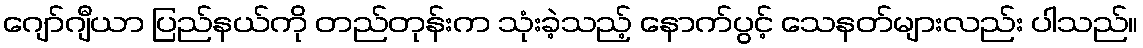
ဂျော်ဂျီယာ ပြည်နယ်ကို တည်တုန်းက သုံးခဲ့သည့် နောက်ပွင့် သေနတ်များလည်း ပါသည်။